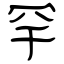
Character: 罕